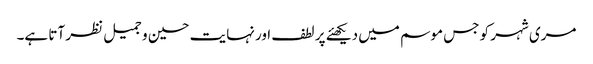
مری شہر کو جس موسم میں دیکھئے پر لطف اور نہایت حسین و جمیل نظر آتا ہے۔